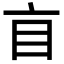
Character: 𥃰